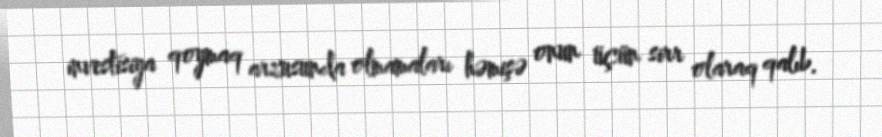
investisiya qoymaq arzusunda olmamaları həmişə onun üçün sirr olaraq qalıb.